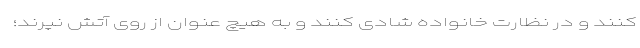
کنند و در نظارت خانواده شادی کنند و به هیچ عنوان از روی آتش نپرند؛